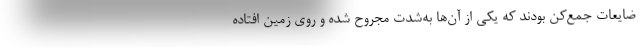
ضایعات جمع‌کن بودند که یکی از آن‌ها به‌شدت مجروح شده و روی زمین افتاده